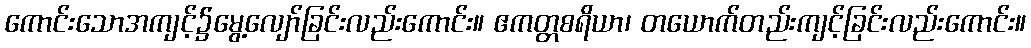
ကောင်းသောအကျင့်၌မွေ့လျော်ခြင်းလည်းကောင်း။ ဧကတ္တစရိယာ၊ တယောက်တည်းကျင့်ခြင်းလည်းကောင်း။